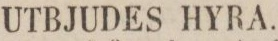
UTBJUDES HYRA.